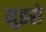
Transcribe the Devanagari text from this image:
मुझ्से